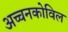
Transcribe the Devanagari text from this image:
अच्चनकोविल